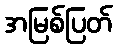
အမြစ်ပြတ်